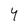
Character: 4